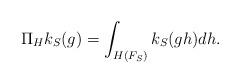
LaTeX: \begin{align*}\Pi_H k_S(g)=\int_{H(F_S)}k_S(gh)dh.\end{align*}